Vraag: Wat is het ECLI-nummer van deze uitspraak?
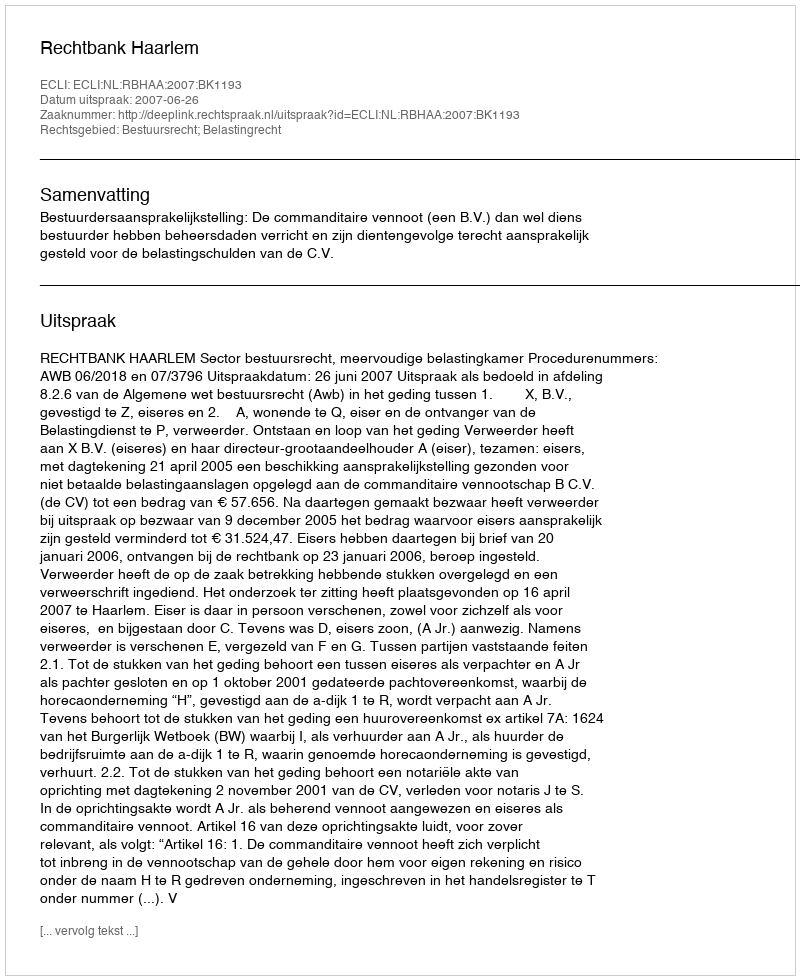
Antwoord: ECLI:NL:RBHAA:2007:BK1193